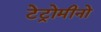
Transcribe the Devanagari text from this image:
टेट्रोमीनो